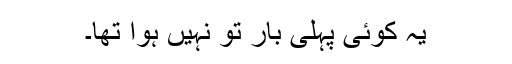
یہ کوئی پہلی بار تو نہیں ہوا تھا۔